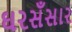
ઘરસઁસાર